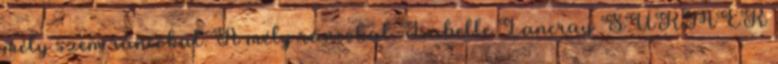
mély szem ráncokat. A mély ráncokat. Isabelle Lancray SURMER